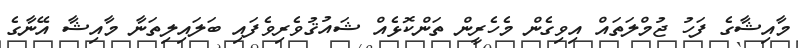
މާއިޝާގެ ފަހު ޖުމްލަތައް އިވިގެން މެހެރީން ތަންކޮޅެއް ޝައުޤުވެރިވެފައި ބަލައިލިތަނާ މާއިޝާ އޭނާގެ